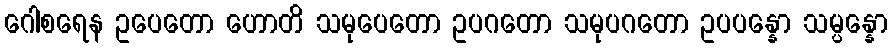
ဂေါစရေန ဥပေတော ဟောတိ သမုပေတော ဥပဂတော သမုပဂတော ဥပပန္နော သမ္ပန္နော